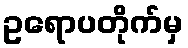
ဥရောပတိုက်မှ